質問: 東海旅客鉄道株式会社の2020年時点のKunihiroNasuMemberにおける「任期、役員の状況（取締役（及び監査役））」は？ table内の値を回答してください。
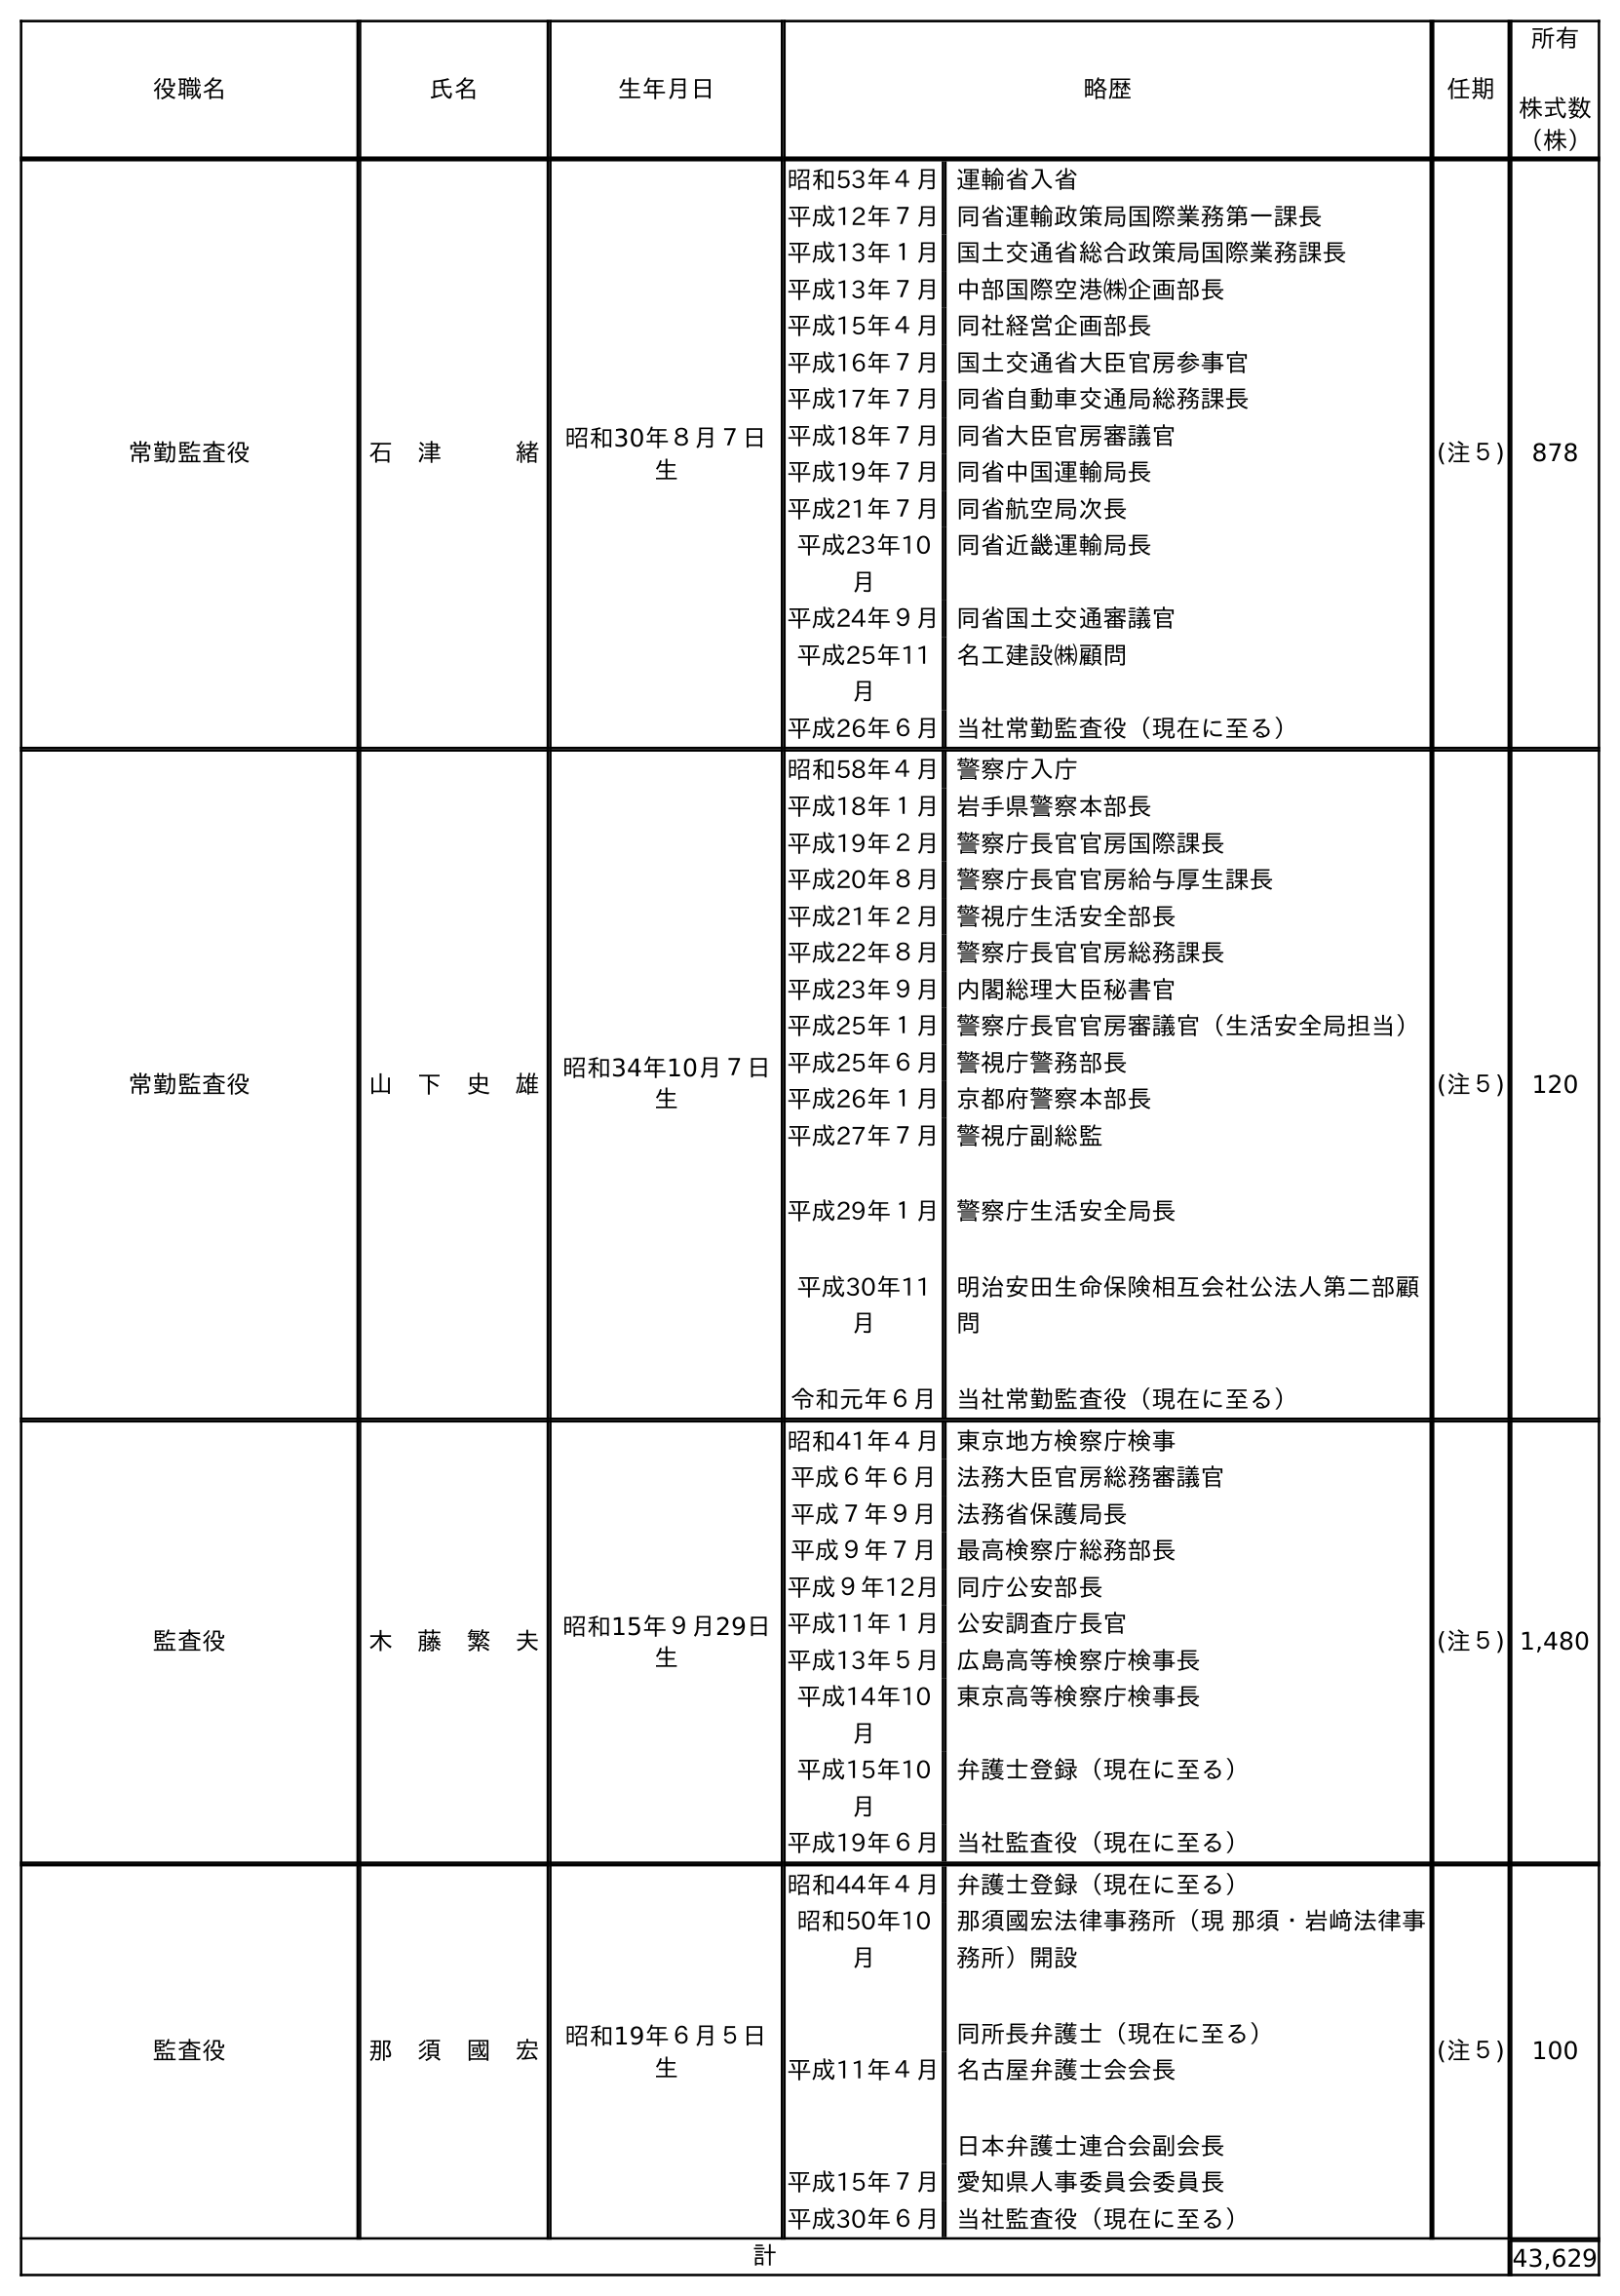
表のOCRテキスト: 役職名 氏名 生年月日 略歴 任期 所有 株式数 （株） 常勤監査役 石 津   緒 昭和30年８月７日 生 昭和53年４月運輸省入省 平成12年７月同省運輸政策局国際業務第一課長 平成13年１月国土交通省総合政策局国際業務課長 平成13年７月中部国際空港㈱企画部長 平成15年４月同社経営企画部長 平成16年７月国土交通省大臣官房参事官 平成17年７月同省自動車交通局総務課長 平成18年７月同省大臣官房審議官 平成19年７月同省中国運輸局長 平成21年７月同省航空局次長 平成23年10 月 同省近畿運輸局長 平成24年９月同省国土交通審議官 平成25年11 月 名工建設㈱顧問 平成26年６月当社常勤監査役（現在に至る） (注５) 878 常勤監査役 山 下 史 雄 昭和34年10月７日 生 昭和58年４月警察庁入庁 平成18年１月岩手県警察本部長 平成19年２月警察庁長官官房国際課長 平成20年８月警察庁長官官房給与厚生課長 平成21年２月警視庁生活安全部長 平成22年８月警察庁長官官房総務課長 平成23年９月内閣総理大臣秘書官 平成25年１月警察庁長官官房審議官（生活安全局担当） 平成25年６月警視庁警務部長 平成26年１月京都府警察本部長 平成27年７月 平成29年１月 平成30年11 月 令和元年６月 警視庁副総監 警察庁生活安全局長 明治安田生命保険相互会社公法人第二部顧 問 当社常勤監査役（現在に至る） (注５) 120 監査役 木 藤 繁 夫 昭和15年９月29日 生 昭和41年４月東京地方検察庁検事 平成６年６月 法務大臣官房総務審議官 平成７年９月 法務省保護局長 平成９年７月 最高検察庁総務部長 平成９年12月同庁公安部長 平成11年１月公安調査庁長官 平成13年５月広島高等検察庁検事長 平成14年10 月 東京高等検察庁検事長 平成15年10 月 弁護士登録（現在に至る） 平成19年６月当社監査役（現在に至る） (注５) 1,480 監査役 那 須 國 宏 昭和19年６月５日 生 昭和44年４月弁護士登録（現在に至る） 昭和50年10 月 那須國宏法律事務所（現 那須・岩﨑法律事 務所）開設 同所長弁護士（現在に至る） 平成11年４月名古屋弁護士会会長 日本弁護士連合会副会長 平成15年７月愛知県人事委員会委員長 平成30年６月当社監査役（現在に至る） (注５) 100 計 43,629
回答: (注５)